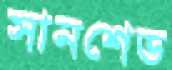
সানশেড